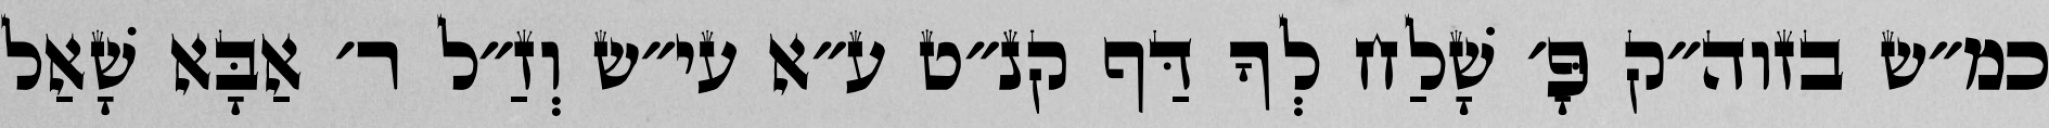
כמ״ש בזוה״ק פָּ׳ שָׁלַח לְךָ דַּף קנ״ט ע״א עי״ש וְזַ״ל ר׳ אַבָּא שָׁאַל